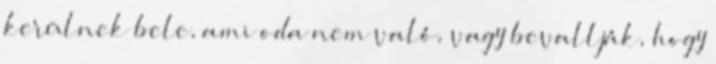
kerülnek bele, ami oda nem való, vagy bevallják, hogy